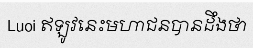
Luoi ឥឡូវនេះមហាជនបានដឹងថា